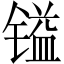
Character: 镒